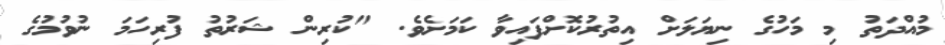
މުއްދަތު މި މަހުގެ ނިޔަލަށް އިތުރުކޮށްފައިވާ ކަމަށެވެ. "ކުރިން ޝަރުތު ފުރިހަމަ ނުވުމުގެ